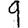
Digit: 9